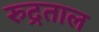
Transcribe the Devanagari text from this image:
रुद्रताल